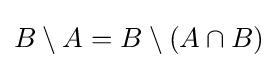
B\setminus A=B\setminus (A\cap B)